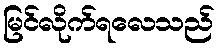
မြင်လိုက်ရလေသည်